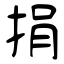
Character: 捐